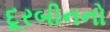
દૂરબીનનો